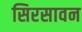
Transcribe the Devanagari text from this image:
सिरसावन